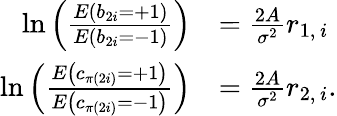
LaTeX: \begin{array}{rl}{\ln\left(\frac{E\left(b_{2i}=+1\right)}{E\left(b_{2i}=-1\right)}\right)}&{=\frac{2A}{\sigma^{2}}r_{1,\, i}}\\ {\ln\left(\frac{E\left(c_{\pi(2i)}=+1\right)}{E\left(c_{\pi(2i)}=-1\right)}\right)}&{=\frac{2A}{\sigma^{2}}r_{2,\, i}.}\end{array}